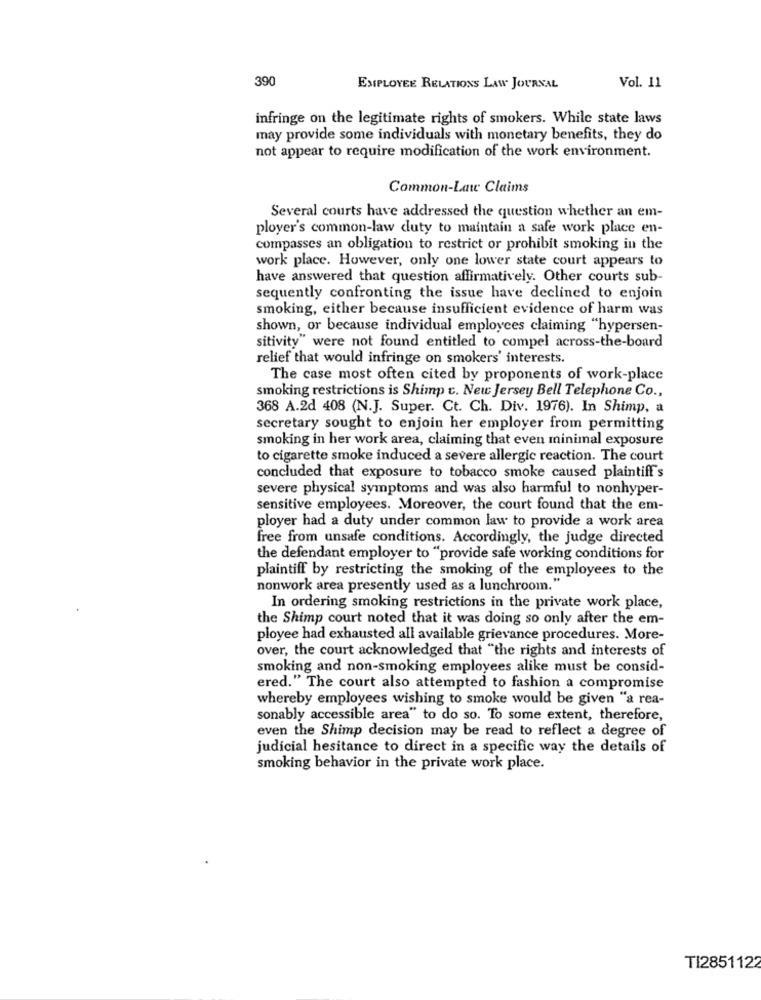
390
EMPLOYEE RELATIONS LAW JOURNAL
Vol. 11
infringe on the legitimate rights of smokers. While state laws
may provide some individuals with monetary benefits, they do
not appear to require modification of the work environment.
Common-Law Claims
Several courts have addressed the question whether an em-
ployer's common-law duty to maintain a safe work place en-
compasses an obligation to restrict or prohibit smoking in the
work place. However, only one lower state court appears to
have answered that question affirmatively. Other courts sub-
sequently confronting the issue have declined to enjoin
smoking, either because insufficient evidence of harm was
shown, or because individual employees claiming "hypersen-
sitivity" were not found entitled to compel across-the-board
relief that would infringe on smokers' interests.
The case most often cited by proponents of work-place
smoking restrictions is Shimp c. New Jersey Bell Telephone Co .,
368 A.2d 408 (N.J. Super. Ct. Ch. Div. 1976). In Shimp, a
secretary sought to enjoin her employer from permitting
smoking in her work area, claiming that even minimal exposure
to cigarette smoke induced a severe allergic reaction. The court
concluded that exposure to tobacco smoke caused plaintiff's
severe physical symptoms and was also harmful to nonhyper-
sensitive employees. Moreover, the court found that the em-
ployer had a duty under common law to provide a work area
free from unsafe conditions. Accordingly, the judge directed
the defendant employer to "provide safe working conditions for
plaintiff by restricting the smoking of the employees to the
nonwork area presently used as a lunchroom."
In ordering smoking restrictions in the private work place,
the Shimp court noted that it was doing so only after the em-
ployee had exhausted all available grievance procedures. More-
over, the court acknowledged that "the rights and interests of
smoking and non-smoking employees alike must be consid-
ered." The court also attempted to fashion a compromise
whereby employees wishing to smoke would be given "a rea-
sonably accessible area" to do so. To some extent, therefore,
even the Shimp decision may be read to reflect a degree of
judicial hesitance to direct in a specific way the details of
smoking behavior in the private work place.
TI2851122